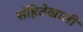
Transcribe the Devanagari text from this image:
संहितेखाली